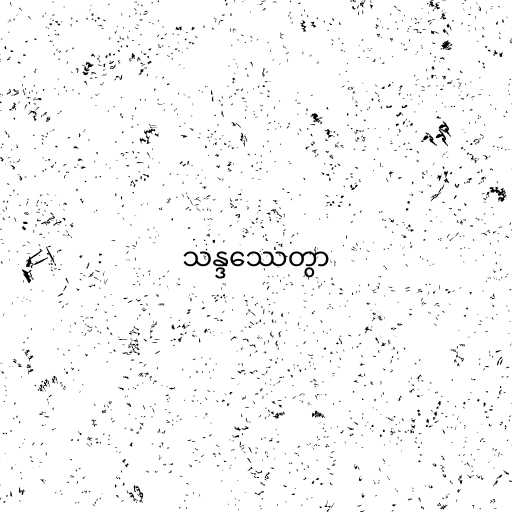
သန္ဒဿေတွာ